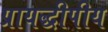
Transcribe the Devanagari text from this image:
प्रायद्धीपीय